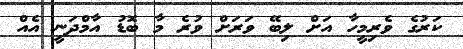
ކަރުގެ ވެރިމީހާ އަށް ލިބޭ ވަރަށް ވުރެ މާ ބޮޑު އާމްދަނީ އެއް